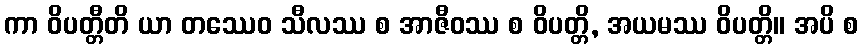
ကာ ဝိပတ္တီတိ ယာ တဿေဝ သီလဿ စ အာဇီဝဿ စ ဝိပတ္တိ, အယမဿ ဝိပတ္တိ။ အပိ စ